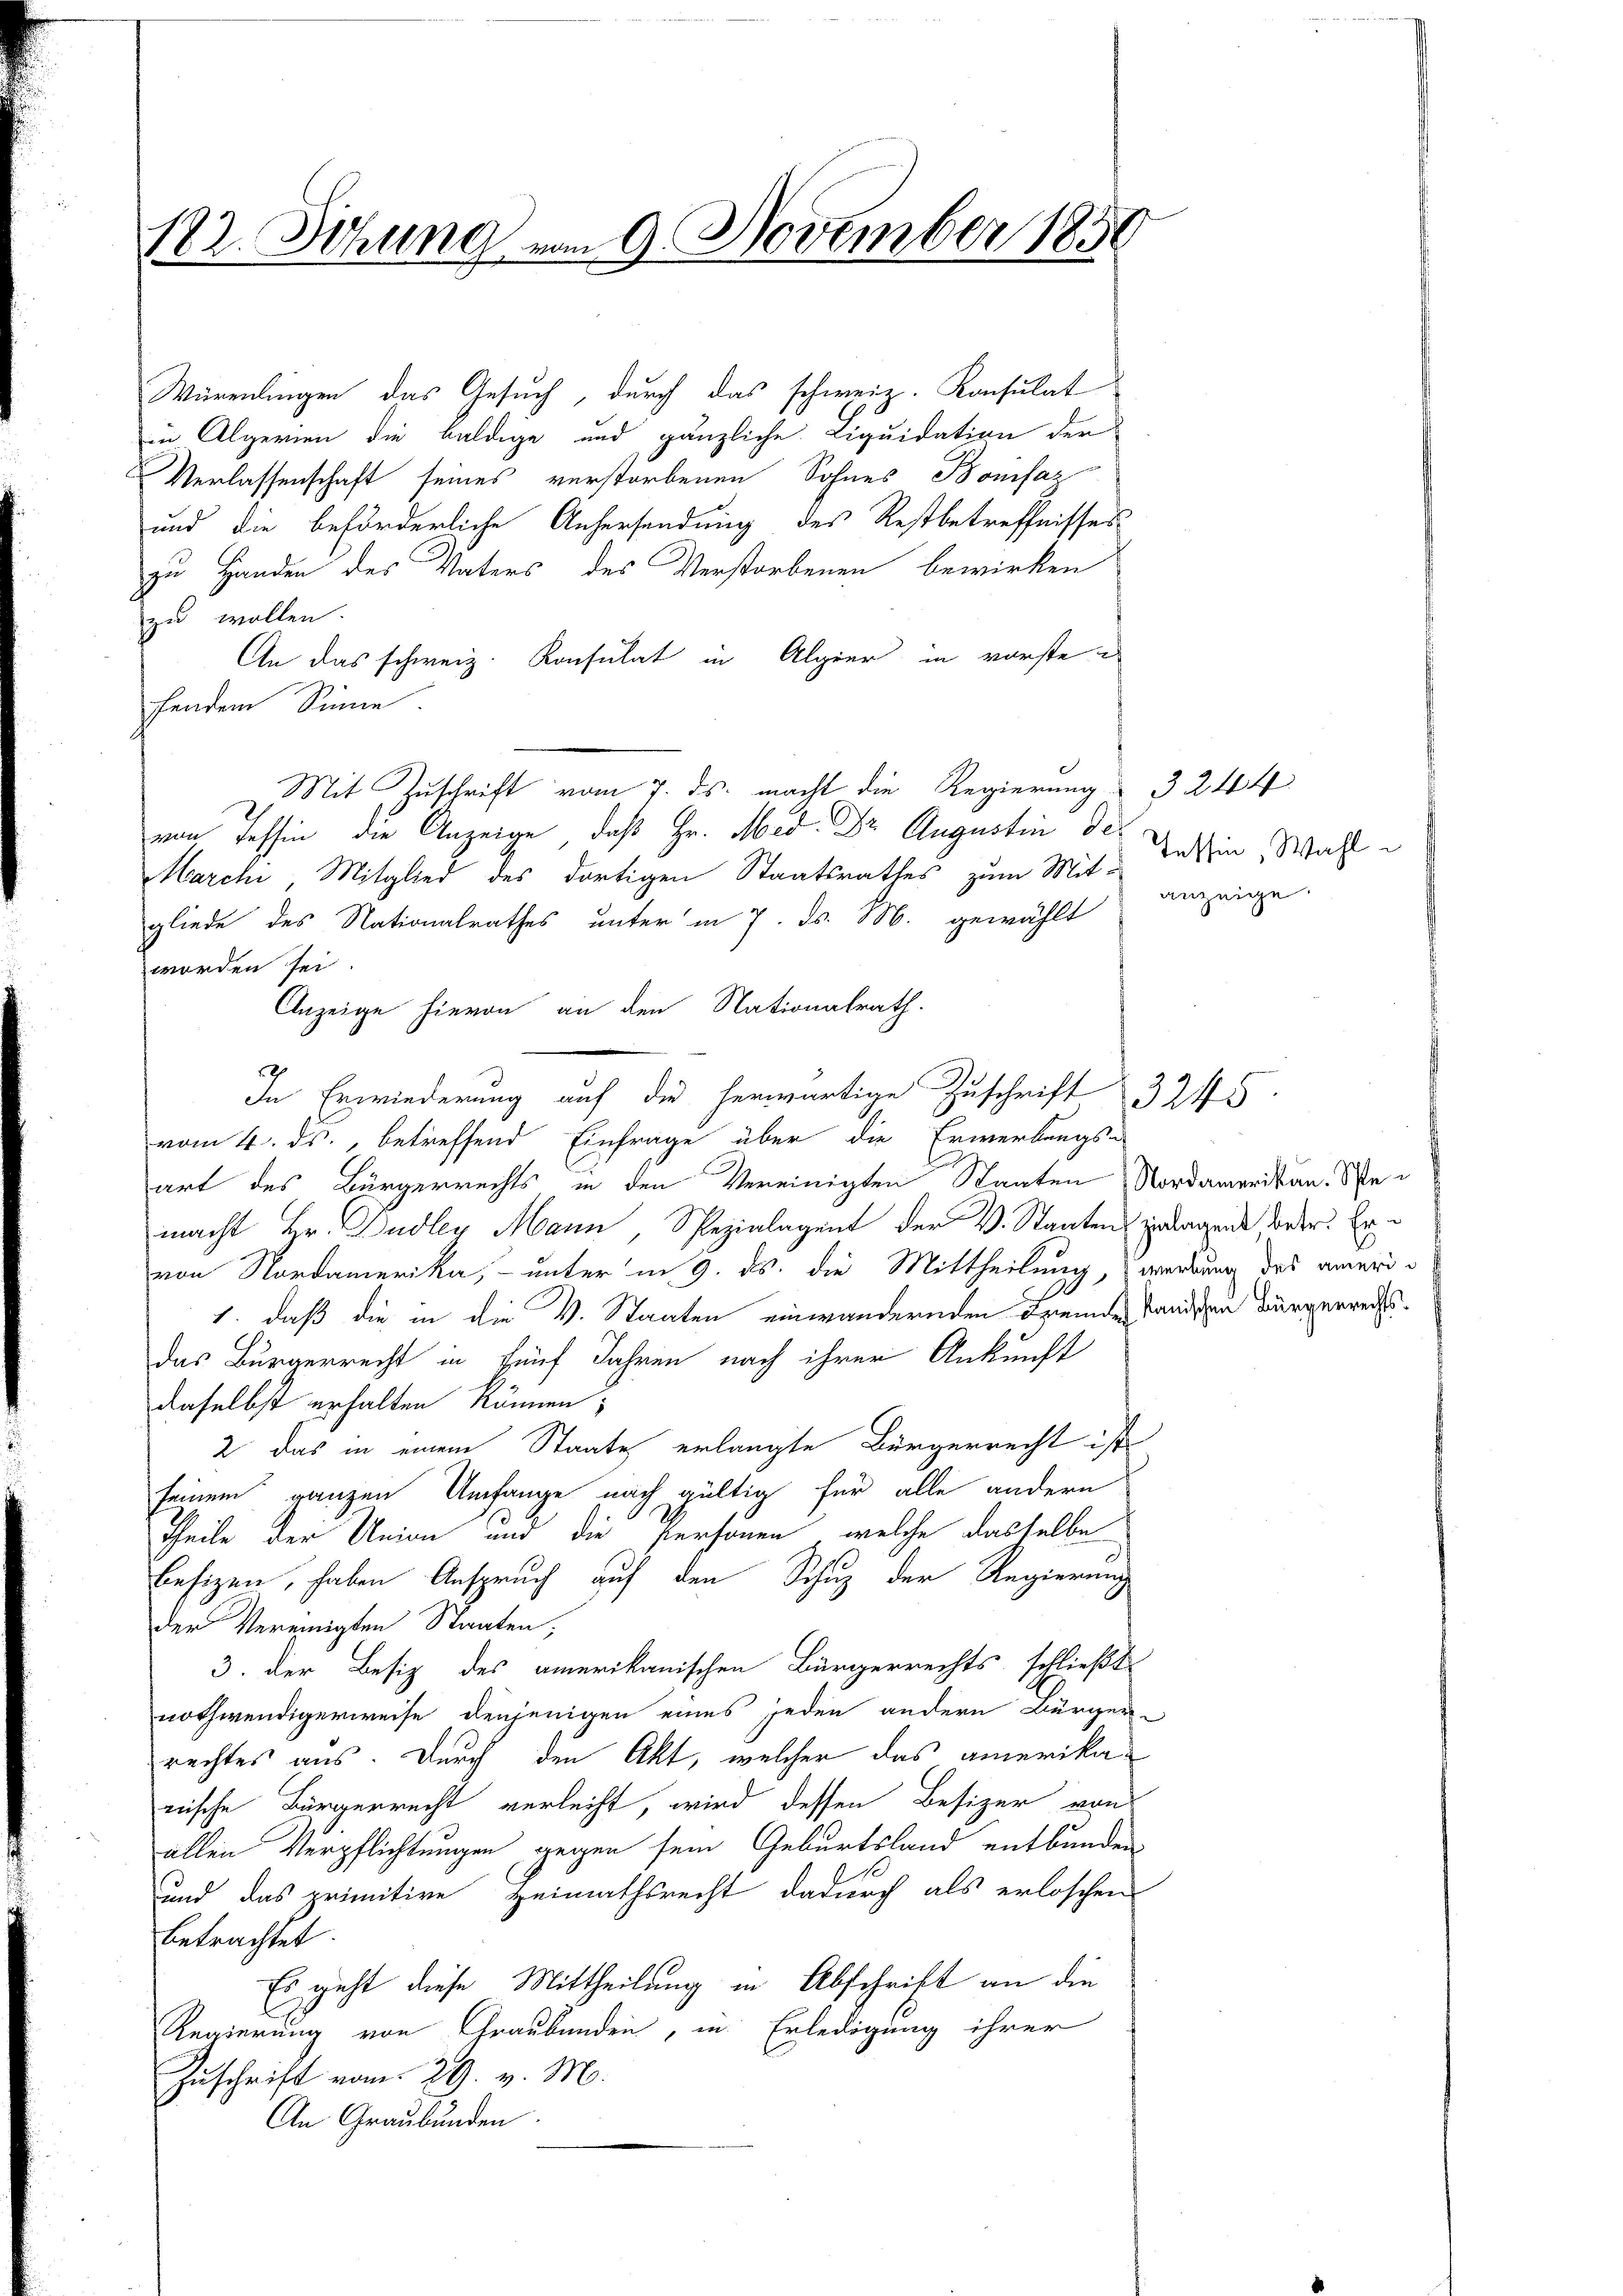
12. Sitzung vom 9. November 1856

Würenlingen das Gesuch, durch das schweiz. Konsulat
in Algerien die baldige und gänzliche Liquidation der
Verlassenschaft seines verstorbenen Sohnes Bonifaz
und die beförderliche Anhersendung des Restbetreffnisses
zu Handen des Vaters des Verstorbenen bewirken
zu wollen.
An das schweiz. Konsulat in Alpier in vorste
hendem Sinne
Mit Zuschrift vom 7. ds. macht die Regierung 3 244
von Tessin die Anzeige, daß Hr. Med. Dr. Augustin de¬
Marche Mitglied des dortigen Staatsrathes zum Mitein Wahl
gliede des Nationalrathes unter in 7. ds. M. gewählt
worden sei.
Anzeige hievon an den Nationalrath.
In Erwiederung auf die herwärtige Zuschrift
vom 4. ds., betreffend Einfrage über die Erwerbungs-
art des Bürgerrechts in den Vereinigten Staaten Nordamerikan. Bemacht Hr. Dudley Mann, Spezialagent der V. Staaten zerragen worder. Exvon Nordamerika, unter in 9. ds. die Mittheilung, werdung des amer
1. daß die in die V. Staaten einwandernden Fremdes ständischen Bürgerrechtsdas Bürgerrecht in fünf Jahren nach ihrer Ankunft
daselbst erhalten können;
2 das in einem Staate erlangte Bürgerrecht ist
seinem ganzen Umfange nach gültig für alle andern
Theile der Union und die Personen, welche dasselbe
Besizen, haben Anspruch auf den Schuz der Regierung
der Vereinigten Staaten;
3. der Besiz des amerikanischen Bürgerrechts schließt
nothwendigerweise denjenigen eines jeden andern Bürger-
rechtes aus. Durch den Akt, welcher das amerikawische Bürgerrecht verleiht, wird dessen Besizer von
allen Verpflichtungen gegen sein Geburtsland entbunden
N
und das primitive Heimathsrecht dadurch als erloschen
betrachtet.
Es geht diese Mittheilung in Abschrift an die
Regierung von Graubünden, in Erledigung ihrer
Zuschrift vom 29. v. M.
An Graubünden.

anzeige.

3245

e